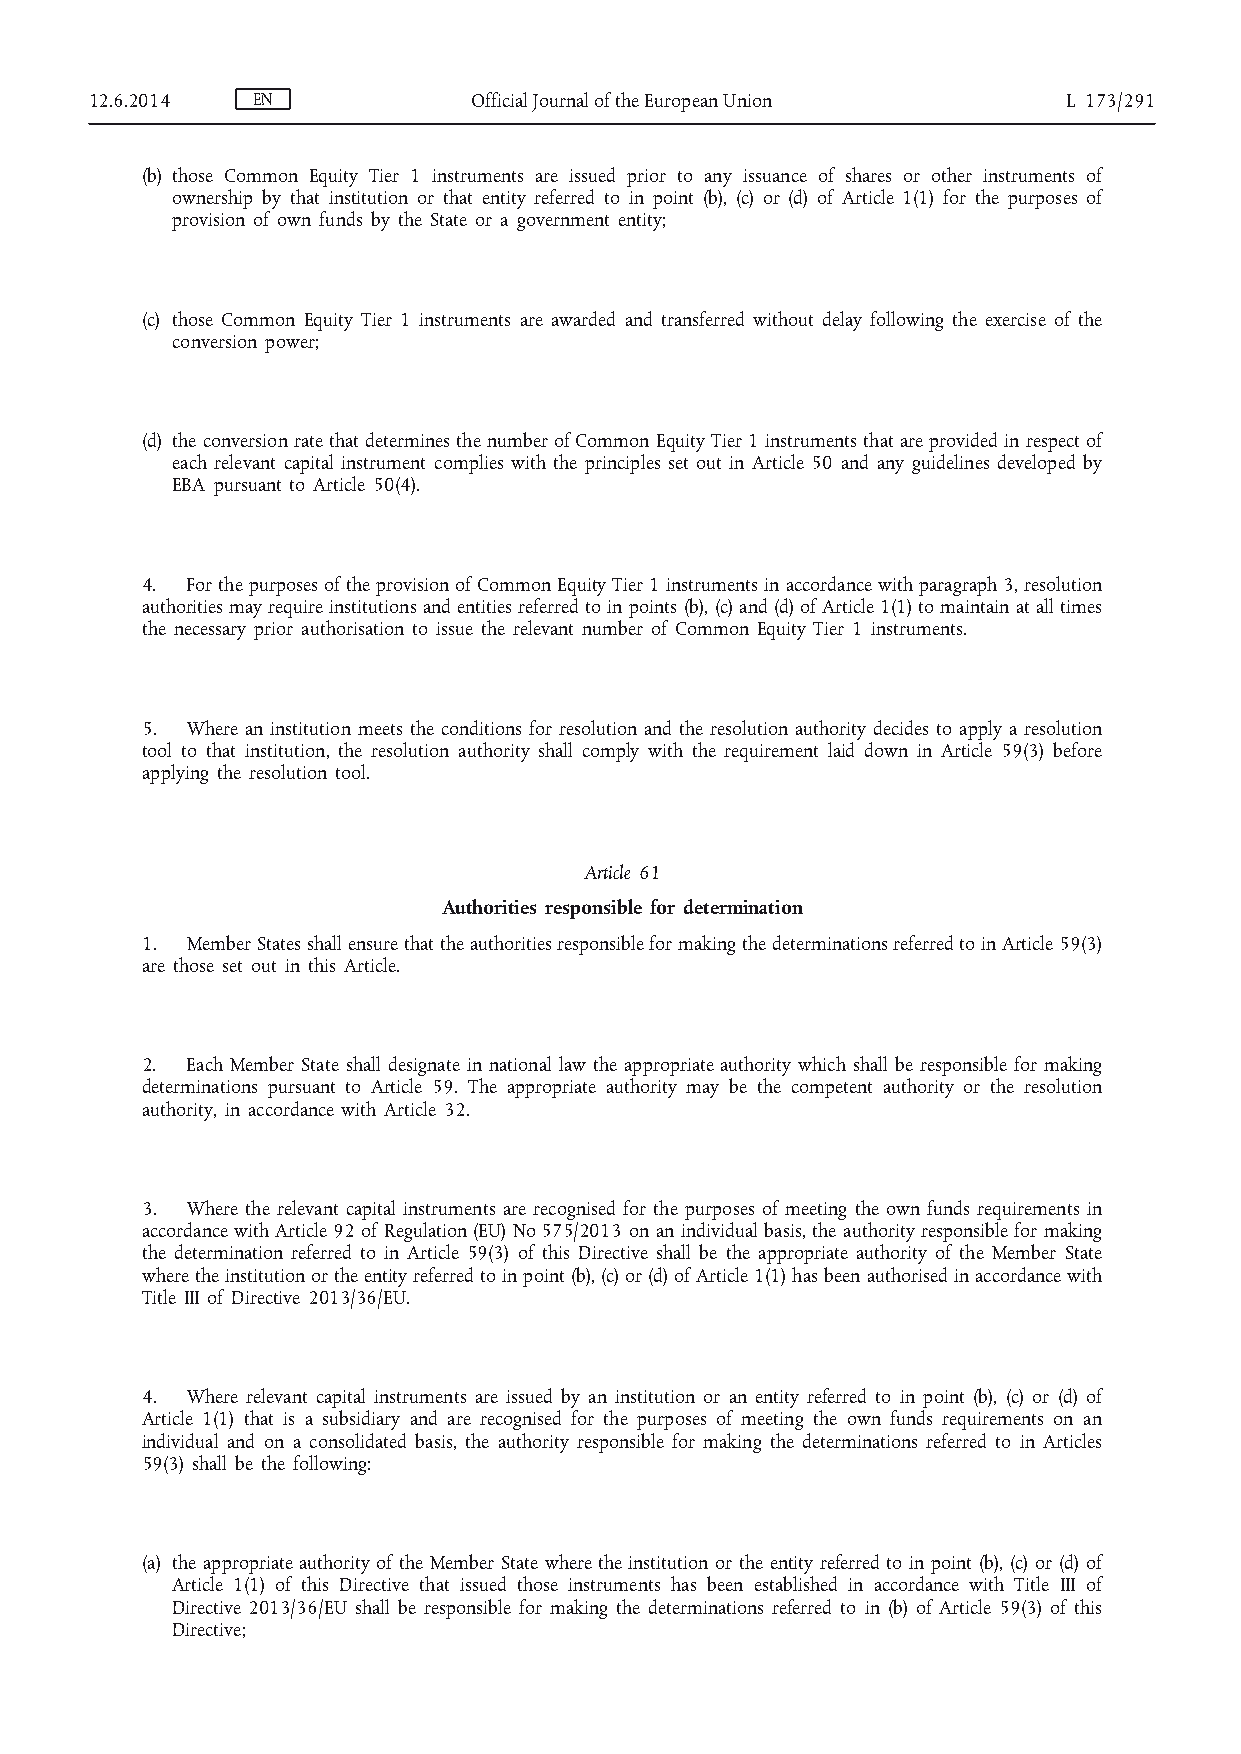
12.6.2014  EN            Official Journal of the European Union  L 173/291
 (b) those Common Equity Tier 1 instruments are issued prior to any issuance of shares or other instruments of
 ownership by that institution or that entity referred to in point (b), (c) or (d) of Article 1(1) for the purposes of
 provision of own funds by the State or a government entity;
 (c) those Common Equity Tier 1 instruments are awarded and transferred without delay following the exercise of the
 conversion power;
 (d) the conversion rate that determines the number of Common Equity Tier 1 instruments that are provided in respect of
 each relevant capital instrument complies with the principles set out in Article 50 and any guidelines developed by
 EBA pursuant to Article 50(4).
 4. For the purposes of the provision of Common Equity Tier 1 instruments in accordance with paragraph 3, resolution
 authorities may require institutions and entities referred to in points (b), (c) and (d) of Article 1(1) to maintain at all times
 the necessary prior authorisation to issue the relevant number of Common Equity Tier 1 instruments.
 5. Where an institution meets the conditions for resolution and the resolution authority decides to apply a resolution
 tool to that institution, the resolution authority shall comply with the requirement laid down in Article 59(3) before
 applying the resolution tool.
 Article 61
 Authorities responsible for determination
 1. Member States shall ensure that the authorities responsible for making the determinations referred to in Article 59(3)
 are those set out in this Article.
 2. Each Member State shall designate in national law the appropriate authority which shall be responsible for making
 determinations pursuant to Article 59. The appropriate authority may be the competent authority or the resolution
 authority, in accordance with Article 32.
 3. Where the relevant capital instruments are recognised for the purposes of meeting the own funds requirements in
 accordance with Article 92 of Regulation (EU) No 575/2013 on an individual basis, the authority responsible for making
 the determination referred to in Article 59(3) of this Directive shall be the appropriate authority of the Member State
 where the institution or the entity referred to in point (b), (c) or (d) of Article 1(1) has been authorised in accordance with
 Title III of Directive 2013/36/EU.
 4. Where relevant capital instruments are issued by an institution or an entity referred to in point (b), (c) or (d) of
 Article 1(1) that is a subsidiary and are recognised for the purposes of meeting the own funds requirements on an
 individual and on a consolidated basis, the authority responsible for making the determinations referred to in Articles
 59(3) shall be the following:
 (a) the appropriate authority of the Member State where the institution or the entity referred to in point (b), (c) or (d) of
 Article 1(1) of this Directive that issued those instruments has been established in accordance with Title III of
 Directive 2013/36/EU shall be responsible for making the determinations referred to in (b) of Article 59(3) of this
 Directive;